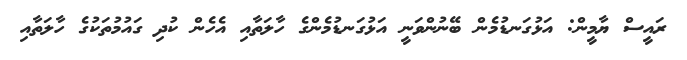
ރައީސް ޔާމީން: އަޅުގަނޑުމެން ބޭނުންވަނީ އަޅުގަނޑުމެންގެ ހާލަތާއި އެހެން ކުދި ގައުމުތަކުގެ ހާލަތާއި